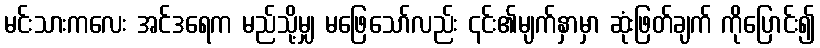
မင်းသားကလေး အင်ဒရေက မည်သို့မျှ မဖြေသော်လည်း ၎င်း၏မျက်နှာမှာ ဆုံးဖြတ်ချက် ကိုပြောင်း၍